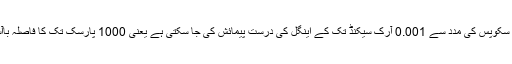
لیکن سپیس میں موجود ٹیلی سکوپس کی مدد سے 0.001 آرک سیکنڈ تک کے اینگل کی درست پیمائش کی جا سکتی ہے یعنی 1000 پارسک تک کا فاصلہ باآسانی معلوم کیا جا سکتا ہے۔